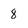
Character: 8